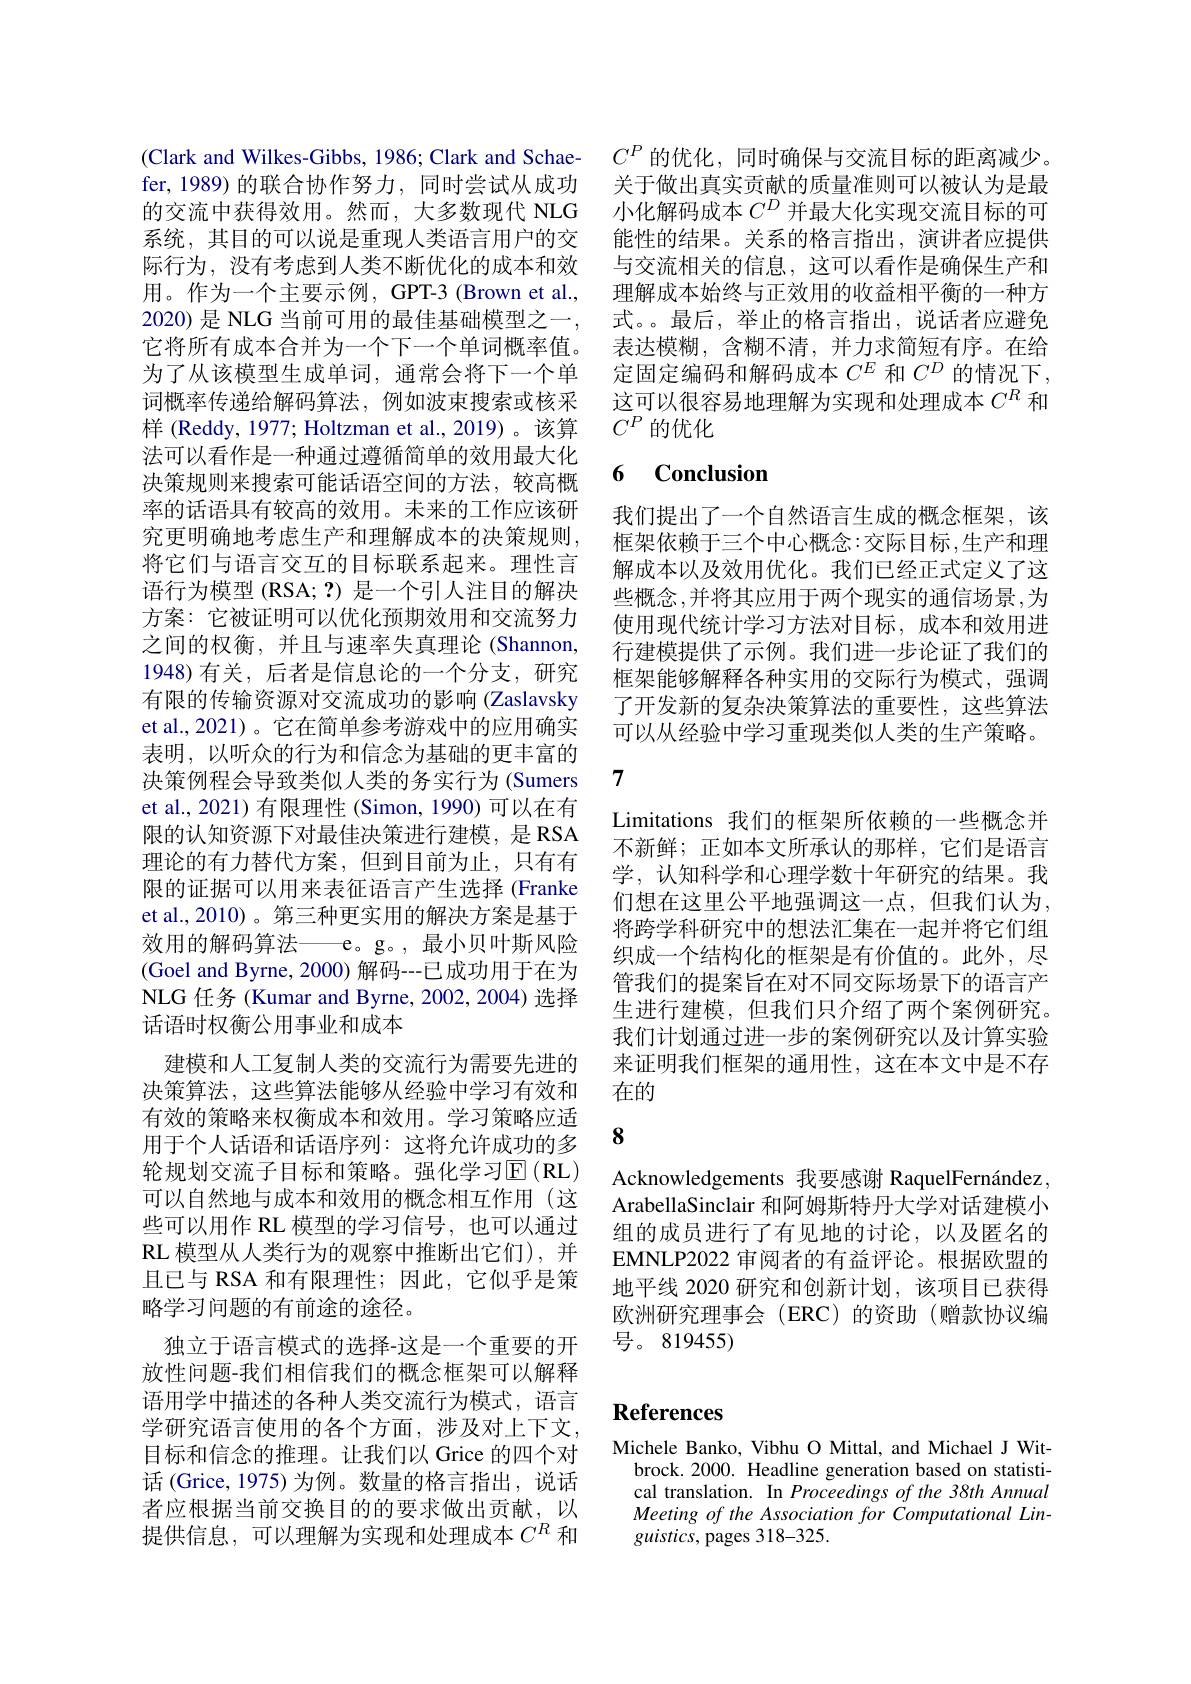
系统，其目的可以说是重现人类语言用户的交际行为，没有考虑到人类不断优化的成本和效用。作为一个主要示例，GPT-3 (Brown et al., 2020) 是 NLG 当前可用的最佳基础模型之一， 它将所有成本合并为一个下一个单词概率值。为了从该模型生成单词，通常会将下一个单词概率传递给解码算法，例如波束搜索或核采样 (Reddy, 1977; Holtzman et al., 2019)。该算法可以看作是一种通过遵循简单的效用最大化决策规则来搜索可能话语空间的方法，较高概率的话语具有较高的效用。未来的工作应该研究更明确地考虑生产和理解成本的决策规则， 将它们与语言交互的目标联系起来。理性言语行为模型 (RSA; ?) 是一个引人注目的解决方案：它被证明可以优化预期效用和交流努力之间的权衡，并且与速率失真理论(Shannon, 1948)有关，后者是信息论的一个分支，研究有限的传输资源对交流成功的影响(Zaslavsky et al.,2021)。它在简单参考游戏中的应用确实表明，以听众的行为和信念为基础的更丰富的决策例程会导致类似人类的务实行为 (Sumers et al., 2021) 有限理性 (Simon, 1990) 可以在有限的认知资源下对最佳决策进行建模，是 RSA 理论的有力替代方案，但到目前为止，只有有限的证据可以用来表征语言产生选择 (Franke et al.,2010)。第三种更实用的解决方案是基于效用的解码算法——e。g。,最小贝叶斯风险(Goel and Byrne, 2000) 解码---已成功用于在为NLG 任务 (Kumar and Byrne, 2002,2004)选择话语时权衡公用事业和成本
建模和人工复制人类的交流行为需要先进的决策算法，这些算法能够从经验中学习有效和有效的策略来权衡成本和效用。学习策略应适用于个人话语和话语序列：这将允许成功的多轮规划交流子目标和策略。强化学习$\operatorname{\overline{E}}(\operatorname{RL})$ 可以自然地与成本和效用的概念相互作用(这些可以用作 RL 模型的学习信号，也可以通过RL模型从人类行为的观察中推断出它们),并且已与 RSA 和有限理性；因此，它似乎是策略学习问题的有前途的途径。
独立于语言模式的选择-这是一个重要的开放性问题-我们相信我们的概念框架可以解释语用学中描述的各种人类交流行为模式，语言学研究语言使用的各个方面，涉及对上下文， 目标和信念的推理。让我们以 Grice 的四个对话 (Grice, 1975) 为例。数量的格言指出，说话者应根据当前交换目的的要求做出贡献，以提供信息，可以理解为实现和处理成本$C^R$和

(Clark and Wilkes-Gibbs, 1986; Clark and Schae- $C^P$的优化，同时确保与交流目标的距离减少。fer,1989) 的联合协作努力，同时尝试从成功 关于做出真实贡献的质量准则可以被认为是最的交流中获得效用。然而，大多数现代 NLG 小化解码成本$C^D$并最大化实现交流目标的可
能性的结果。关系的格言指出，演讲者应提供与交流相关的信息，这可以看作是确保生产和理解成本始终与正效用的收益相平衡的一种方式。。最后，举止的格言指出，说话者应避免表达模糊，含糊不清，并力求简短有序。在给定固定编码和解码成本$C^E$和$C^D$的情况下， 这可以很容易地理解为实现和处理成本$C^R$和$C^P$的优化

# 6 Conclusion

我们提出了一个自然语言生成的概念框架，该框架依赖于三个中心概念：交际目标，生产和理解成本以及效用优化。我们已经正式定义了这些概念 ,并将其应用于两个现实的通信场景 ,为使用现代统计学习方法对目标，成本和效用进行建模提供了示例。我们进一步论证了我们的框架能够解释各种实用的交际行为模式，强调了开发新的复杂决策算法的重要性，这些算法可以从经验中学习重现类似人类的生产策略。

7

Limitations 我们的框架所依赖的一些概念并不新鲜；正如本文所承认的那样，它们是语言学，认知科学和心理学数十年研究的结果。我们想在这里公平地强调这一点，但我们认为， 将跨学科研究中的想法汇集在一起并将它们组织成一个结构化的框架是有价值的。此外，尽管我们的提案旨在对不同交际场景下的语言产生进行建模，但我们只介绍了两个案例研究。我们计划通过进一步的案例研究以及计算实验来证明我们框架的通用性，这在本文中是不存在的

### 8

Acknowledgements 我要感谢 RaquelFernández, ArabellaSinclair 和阿姆斯特丹大学对话建模小组的成员进行了有见地的讨论，以及匿名的EMNLP2022 审阅者的有益评论。根据欧盟的地平线 2020 研究和创新计划，该项目已获得欧洲研究理事会(ERC)的资助(赠款协议编${\text{号。819455}})$

## References

Michele Banko, Vibhu O Mittal, and Michael J Wit-
brock.2000. Headline generation based on statistical translation. In Proceedings of the 38th Annual $Meeting~of~the~Association~for~Computational~Lin-$ $guistics$, pages 318-325.